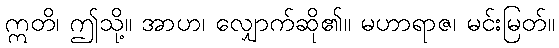
ဣတိ၊ ဤသို့။ အာဟ၊ လျှောက်ဆို၏။ မဟာရာဇ၊ မင်းမြတ်။